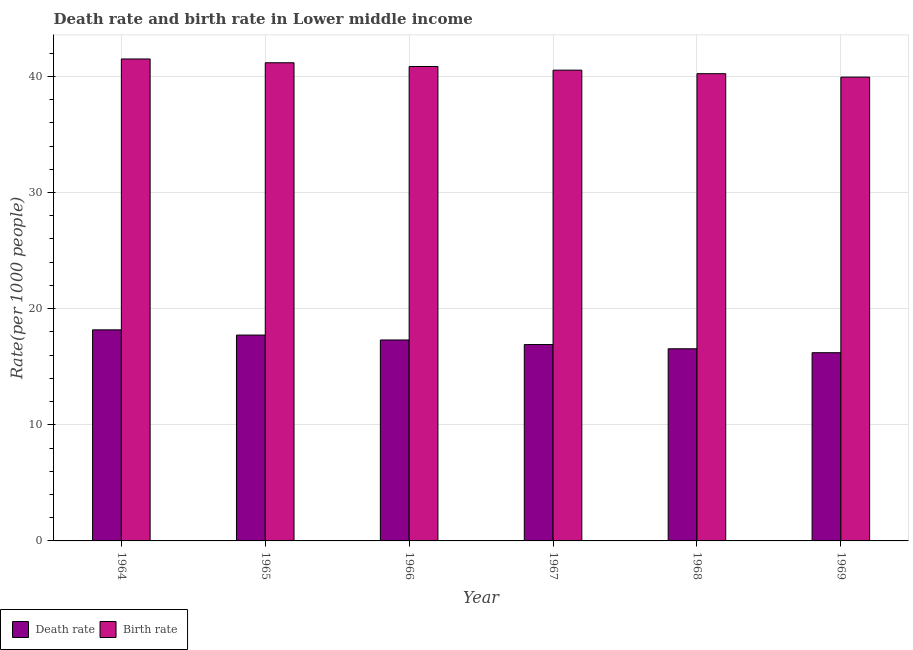
| Year | Death rate | Birth rate |
 | --- | --- | --- |
 | 1964 | 18.2 | 41.5 |
 | 1965 | 17.7 | 41.2 |
 | 1966 | 17.3 | 40.8 |
 | 1967 | 16.9 | 40.5 |
 | 1968 | 16.5 | 40.2 |
 | 1969 | 16.2 | 39.9 |